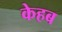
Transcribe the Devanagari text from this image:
केहब